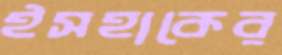
ইসহাকের